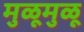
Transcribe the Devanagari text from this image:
मुळूमुळू